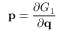
\mathbf { p } = { \frac { \partial G _ { 1 } } { \partial \mathbf { q } } }